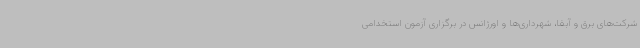
شرکت‌های برق و آبفا، شهرداری‌ها و اورژانس در برگزاری آزمون استخدامی